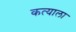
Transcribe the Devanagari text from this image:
कत्याला